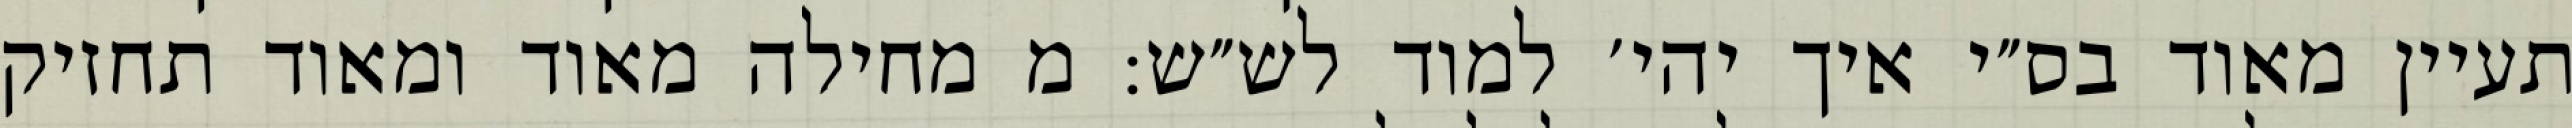
תעיין מאוד בס״י איך יהי׳ למוד לש״ש: מ מחילה מאוד ומאוד תחזיק